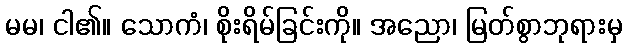
မမ၊ ငါ၏။ သောကံ၊ စိုးရိမ်ခြင်းကို။ အညော၊ မြတ်စွာဘုရားမှ